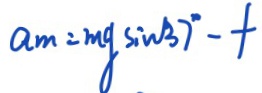
a _ { m } = m g \sin 3 7 ^ { \circ } - t